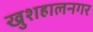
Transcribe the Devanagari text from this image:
खुशहालनगर